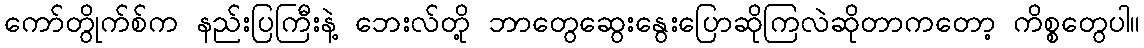
ကော်တွိုက်စ်က နည်းပြကြီးနဲ့ ဘေးလ်တို့ ဘာတွေဆွေးနွေးပြောဆိုကြလဲဆိုတာကတော့ ကိစ္စတွေပါ။